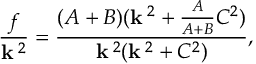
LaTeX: { \frac { f } { { \bf k } ^ { \; 2 } } } = { \frac { ( A + B ) ( { \bf k } ^ { \; 2 } + { \frac { A } { A + B } } C ^ { 2 } ) } { { \bf k } ^ { \; 2 } ( { \bf k } ^ { \; 2 } + C ^ { 2 } ) } } ,